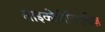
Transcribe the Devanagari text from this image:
लाइकोपीडिएलीज़